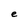
Character: e